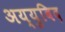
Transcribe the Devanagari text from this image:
अय्युबिद